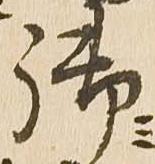
御